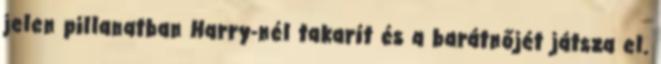
jelen pillanatban Harry-nél takarít és a barátnőjét játsza el.